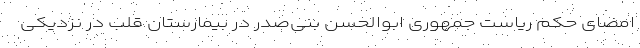
امضای حکم ریاست جمهوری ابوالحسن بنی‌صدر در بیمارستان قلب در نزدیکی